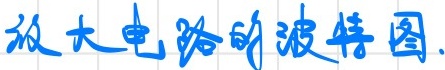
放大电路的波特图.